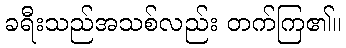
ခရီးသည်အသစ်လည်း တက်ကြ၏။